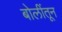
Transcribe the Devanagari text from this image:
बोलींतून